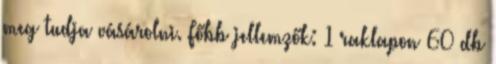
meg tudja vásárolni. Főbb jellemzők: 1 raklapon 60 db